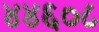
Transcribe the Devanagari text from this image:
४४६०८